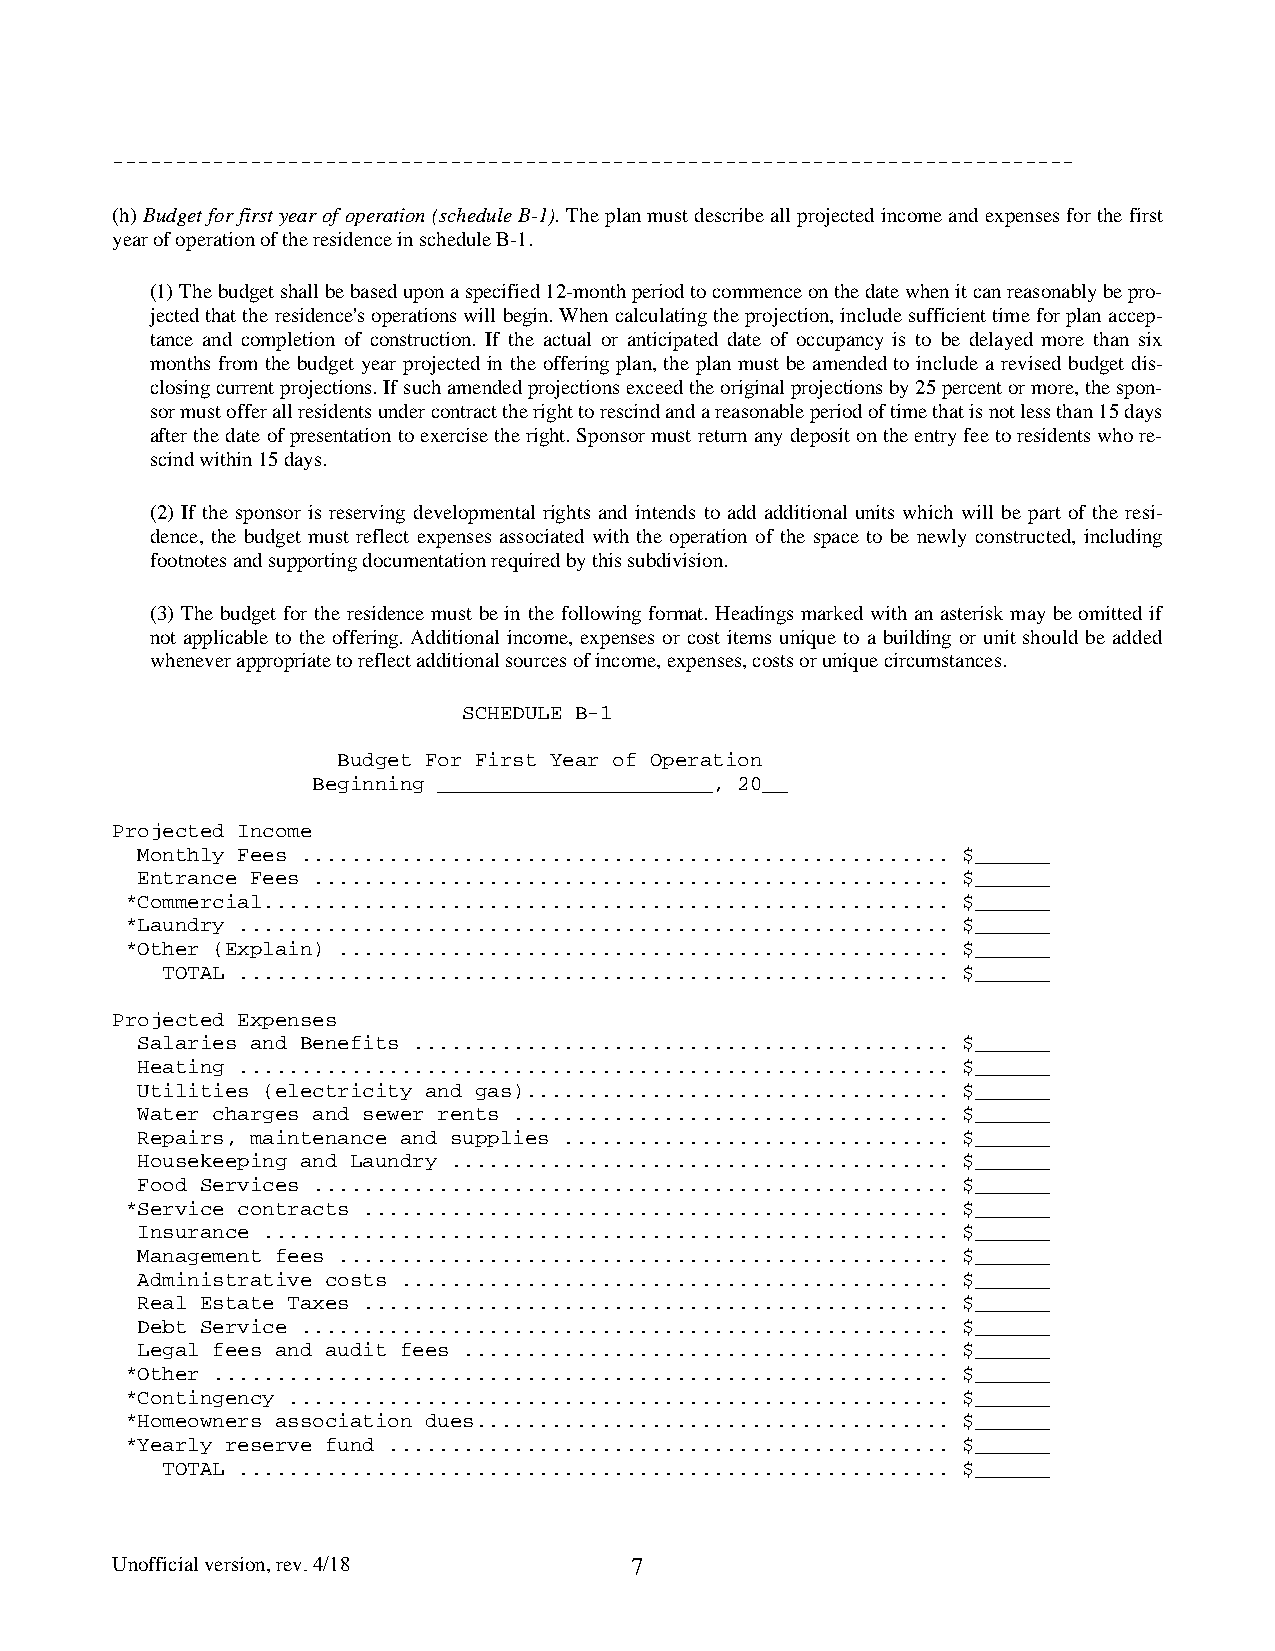
-----------------------------------------------------------------------------
 (h) Budget for first year of operation (schedule B-1). The plan must describe all projected income and expenses for the first
 year of operation of the residence in schedule B-1.
 (1) The budget shall be based upon a specified 12-month period to commence on the date when it can reasonably be pro-
 jected that the residence's operations will begin. When calculating the projection, include sufficient time for plan accep-
 tance and completion of construction. If the actual or anticipated date of occupancy is to be delayed more than six
 months from the budget year projected in the offering plan, the plan must be amended to include a revised budget dis-
 closing current projections. If such amended projections exceed the original projections by 25 percent or more, the spon-
 sor must offer all residents under contract the right to rescind and a reasonable period of time that is not less than 15 days
 after the date of presentation to exercise the right. Sponsor must return any deposit on the entry fee to residents who re-
 scind within 15 days.
 (2) If the sponsor is reserving developmental rights and intends to add additional units which will be part of the resi-
 dence, the budget must reflect expenses associated with the operation of the space to be newly constructed, including
 footnotes and supporting documentation required by this subdivision.
 (3) The budget for the residence must be in the following format. Headings marked with an asterisk may be omitted if
 not applicable to the offering. Additional income, expenses or cost items unique to a building or unit should be added
 whenever appropriate to reflect additional sources of income, expenses, costs or unique circumstances.
 SCHEDULE B-1
 Budget For First Year of Operation
 Beginning ______________________, 20__
 Projected Income
 Monthly Fees .................................................... $______
 Entrance Fees ................................................... $______
 *Commercial....................................................... $______
 *Laundry ......................................................... $______
 *Other (Explain) ................................................. $______
 TOTAL ......................................................... $______
 Projected Expenses
 Salaries and Benefits ........................................... $______
 Heating ......................................................... $______
 Utilities (electricity and gas).................................. $______
 Water charges and sewer rents ................................... $______
 Repairs, maintenance and supplies ............................... $______
 Housekeeping and Laundry ........................................ $______
 Food Services ................................................... $______
 *Service contracts ............................................... $______
 Insurance ....................................................... $______
 Management fees ................................................. $______
 Administrative costs ............................................ $______
 Real Estate Taxes ............................................... $______
 Debt Service .................................................... $______
 Legal fees and audit fees ....................................... $______
 *Other ........................................................... $______
 *Contingency ..................................................... $______
 *Homeowners association dues...................................... $______
 *Yearly reserve fund ............................................. $______
 TOTAL ......................................................... $______
 Unofficial version, rev. 4/18      7